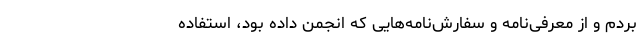
بردم و از معرفی‌نامه و سفارش‌نامه‌هایی که انجمن داده بود، استفاده